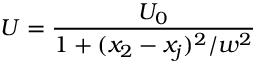
U = \frac { U _ { 0 } } { 1 + ( x _ { 2 } - x _ { j } ) ^ { 2 } / w ^ { 2 } }